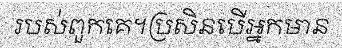
របស់ពួកគេ។ប្រសិនបើអ្នកមាន